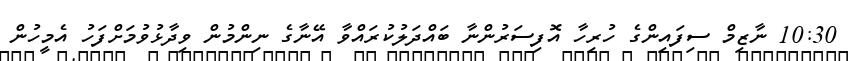
10:30 ނާޒިމް ސިފައިންގެ ހުރިހާ އޮފިސަރުންނާ ބައްދަލުކުރައްވާ އޭނާގެ ނިންމުން ވިދާޅުވުމަށްފަހު އެމީހުން